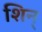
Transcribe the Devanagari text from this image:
शिन्‌